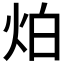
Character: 𤇢